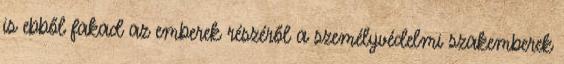
is ebből fakad az emberek részéről a személyvédelmi szakemberek